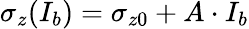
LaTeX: \sigma_{z}(I_{b})=\sigma_{z0}+A\cdot I_{b}